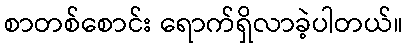
စာတစ်စောင်း ရောက်ရှိလာခဲ့ပါတယ်။